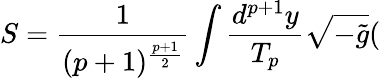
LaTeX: S=\frac 1{(p+1)^{\frac{p+1}2}}\int\frac{d^{p+1}y}{T_{p}}\sqrt{-\tilde{g}}(